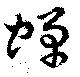
蝉